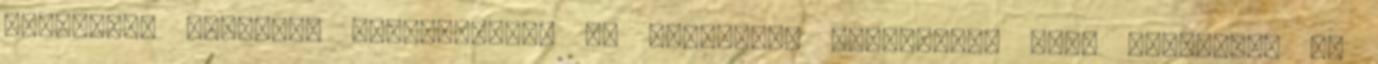
Többsávos diszkrét processzorok és limiterek használata igen költséges és